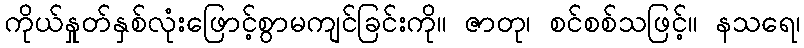
ကိုယ်နှုတ်နှစ်လုံးဖြောင့်စွာမကျင်ခြင်းကို။ ဇာတု၊ စင်စစ်သဖြင့်။ နသရေ၊